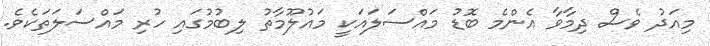
މިއަދު ވެސް ދިމާވާ އެންމެ ބޮޑު މައްސަލައަކީ މައުލޫމާތު ލިބުމުގައި ހުރި މައްސަލަތަކެވެ.